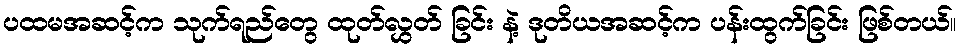
ပထမအဆင့်က သုက်ရည်တွေ ထုတ်လွှတ် ခြင်း နဲ့ ဒုတိယအဆင့်က ပန်းထွက်ခြင်း ဖြစ်တယ်။